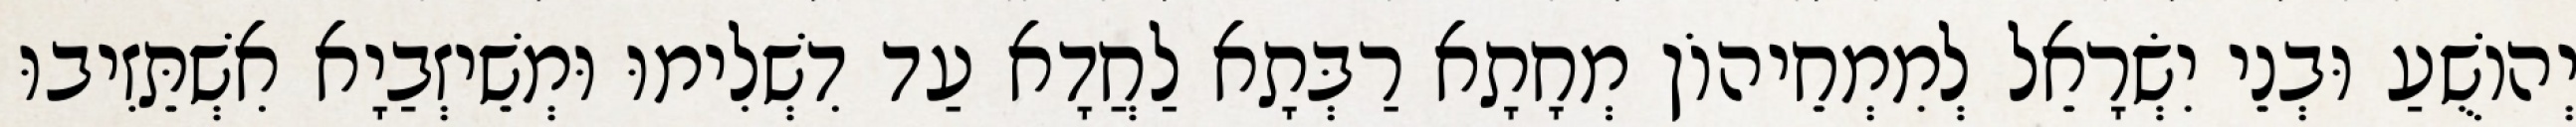
יְהוֹשֻׁעַ וּבְנֵי יִשְׂרָאֵל לְמִמְחֵיהוֹן מְחָתָא רַבְּתָא לַחֲדָא עַד דִשְׁלִימוּ וּמְשֵׁיזְבַיָא אִשְׁתֵּזִיבוּ